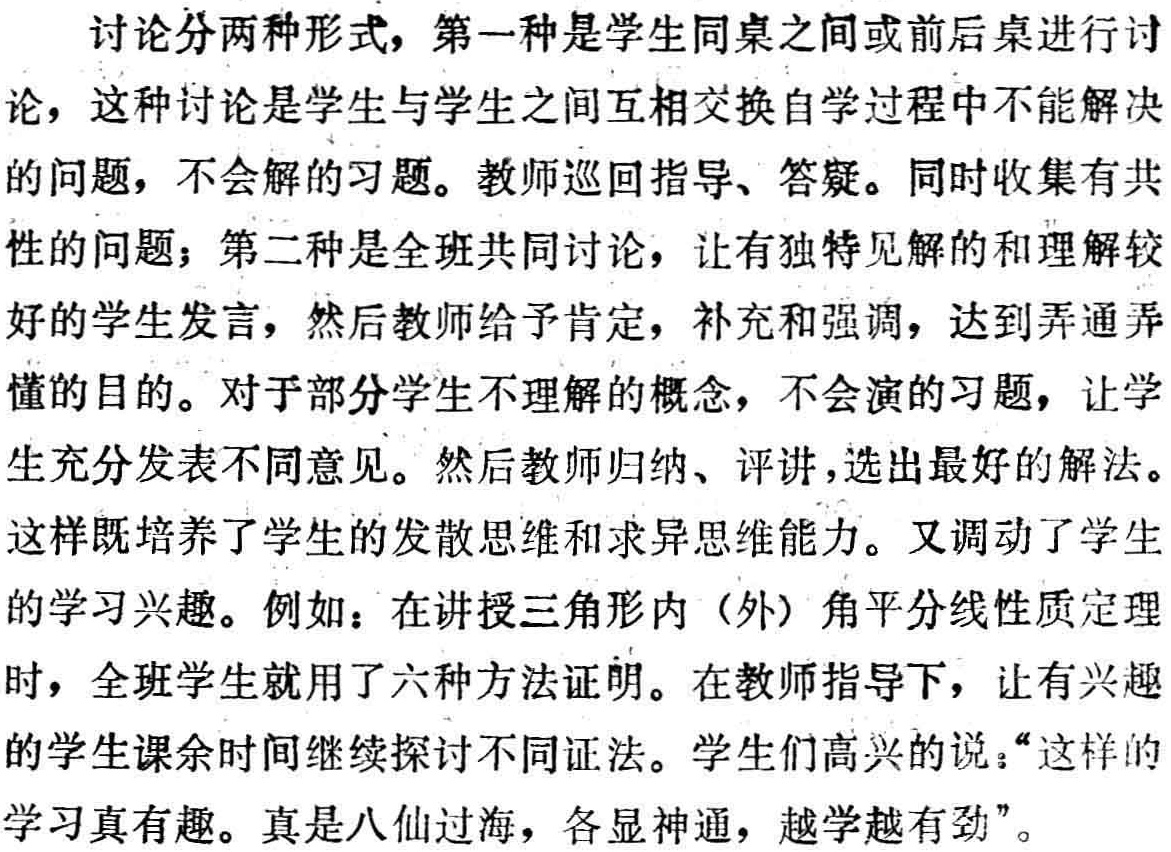
讨论分两种形式，第一种是学生同桌之间或前后桌进行讨论，这种讨论是学生与学生之间互相交换自学过程中不能解决的问题，不会解的习题。教师巡回指导、答疑。同时收集有共性的问题；第二种是全班共同讨论，让有独特见解的和理解较好的学生发言，然后教师给予肯定，补充和强调，达到弄通弄懂的目的。对于部分学生不理解的概念，不会演的习题，让学生充分发表不同意见。然后教师归纳、评讲，选出最好的解法。这样既培养了学生的发散思维和求异思维能力。又调动了学生的学习兴趣。例如：在讲授三角形内（外）角平分线性质定理时，全班学生就用了六种方法证明。在教师指导下，让有兴趣的学生课余时间继续探讨不同证法。学生们高兴的说：“这样的学习真有趣。真是八仙过海，各显神通，越学越有劲”。